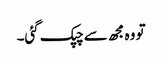
تو وہ مجھ سے چپک گئی۔